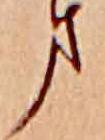
ま